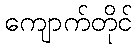
ကျောက်တိုင်